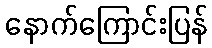
နောက်ကြောင်းပြန်